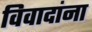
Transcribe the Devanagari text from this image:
विवादांना